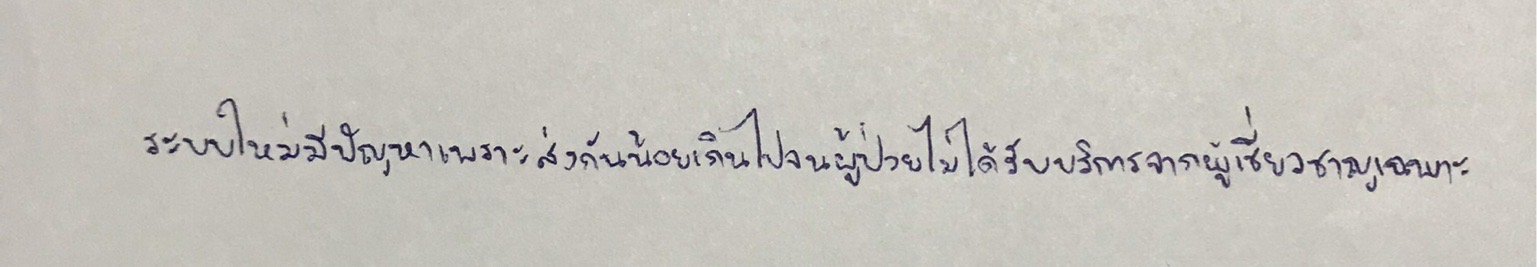
ระบบใหม่มีปัญหาเพราะส่งกันน้อยเกินไปจนผู้ป่วยไม่ได้รับบริการจากผู้เชี่ยวชาญเฉพาะ